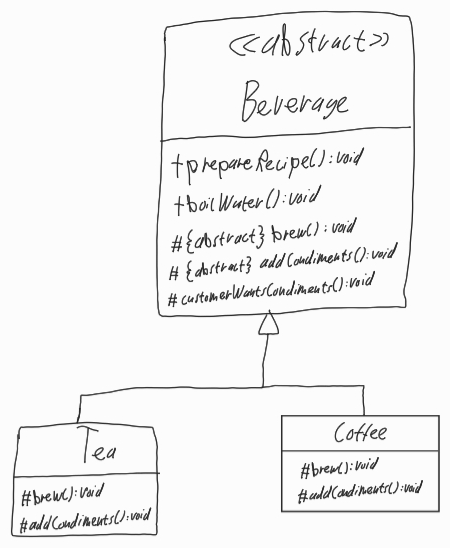
Diagram type: class_diagram
```plantuml
@startuml

skinParam groupInheritance 2

abstract Beverage {
  + prepareRecipe(): void
  + boilWater(): void
  # {abstract} brew(): void
  # {abstract} addCondiments(): void
  # customerWantsCondiments(): void
}

class Tea implements Beverage {
  # brew(): void
  # addCondiments(): void
}

class Coffee implements Beverage {
  # brew(): void
  # addCondiments(): void
}

@enduml
```